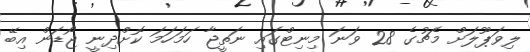
ލިވަޕޫލަށް މެޗުގެ 28 ވަނަ މިނިޓްގައި ނަތީޖާ ހަމަހަމަ ކޮށްދިނީ ޖޯޑަން އިބޭ